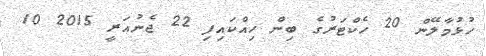
ހުޅުމާލޭން 20 ހެކްޓަރުގެ ބިން ހިއްކައިފި 22 ޖެނުއަރީ 2015 10